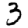
Digit: 3